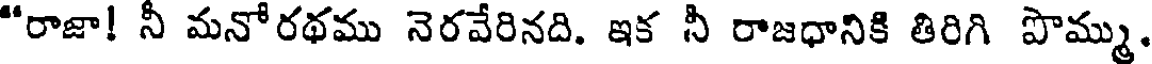
"రాజా! నీ మనోరథము నెరవేరినది. ఇక నీ రాజధానికి తిరిగి పొమ్ము.